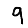
Digit: 9